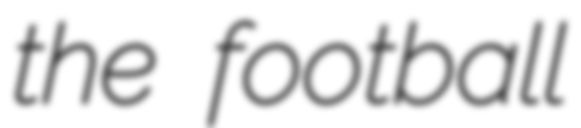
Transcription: the football